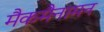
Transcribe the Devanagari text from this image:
मैकमैनामन